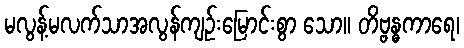
မလွန့်မလက်သာအလွန်ကျဉ်းမြောင်းစွာ သော။ တိဗ္ဗန္ဓကာရေ၊